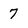
Character: 7